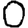
Digit: 0